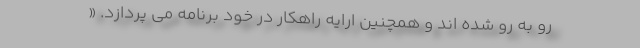
رو به رو شده اند و همچنین ارایه راهکار در خود برنامه می پردازد. «